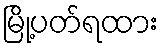
မြို့ပတ်ရထား